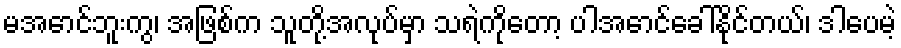
မအောင်ဘူးကွ၊ အဖြစ်က သူတို့အလုပ်မှာ သရဲကိုတော့ ပါအောင်ခေါ်နိုင်တယ်၊ ဒါပေမဲ့